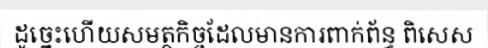
ដូច្នេះហើយសមត្ថកិច្ចដែលមានការពាក់ព័ន្ធ ពិសេស